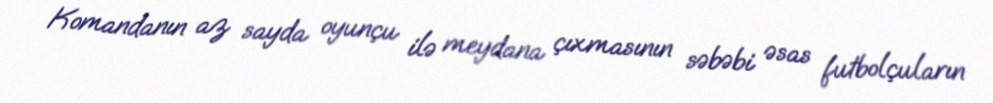
Komandanın az sayda oyunçu ilə meydana çıxmasının səbəbi əsas futbolçuların